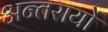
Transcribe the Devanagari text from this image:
अन्तरायों